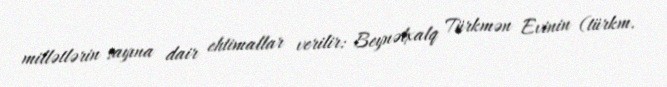
millətlərin sayına dair ehtimallar verilir: Beynəlxalq Türkmən Evinin (türkm.